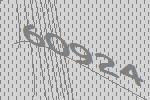
60924